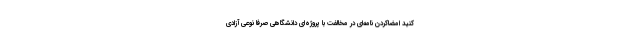
کنید امضاکردن نامه‌ای در مخالفت با پروژه‌ای دانشگاهی صرفاً نوعی آزادی